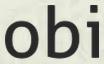
obi